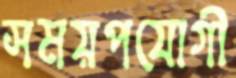
সময়পযোগী